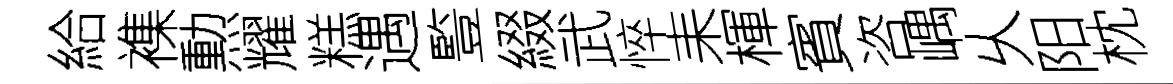
給襍勲耀糕遇䜿綴武悴耒楎賓咨嵎乆阳枕